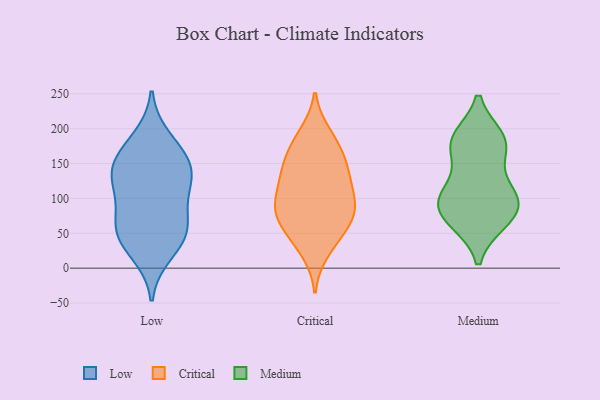
{"axis": {"x": "Waste Production (Tons)", "y": "Value"}, "legend": ["Critical", "Low", "Medium"], "data": [{"x": "", "y": 57, "type": "Low"}, {"x": "", "y": 147, "type": "Low"}, {"x": "", "y": 186, "type": "Low"}, {"x": "", "y": 144, "type": "Low"}, {"x": "", "y": 21, "type": "Low"}, {"x": "", "y": 140, "type": "Low"}, {"x": "", "y": 111, "type": "Low"}, {"x": "", "y": 58, "type": "Low"}, {"x": "", "y": 92, "type": "Low"}, {"x": "", "y": 53, "type": "Low"}, {"x": "", "y": 42, "type": "Low"}, {"x": "", "y": 125, "type": "Low"}, {"x": "", "y": 167, "type": "Low"}, {"x": "", "y": 134, "type": "Critical"}, {"x": "", "y": 79, "type": "Critical"}, {"x": "", "y": 159, "type": "Critical"}, {"x": "", "y": 173, "type": "Critical"}, {"x": "", "y": 152, "type": "Critical"}, {"x": "", "y": 23, "type": "Critical"}, {"x": "", "y": 144, "type": "Critical"}, {"x": "", "y": 81, "type": "Critical"}, {"x": "", "y": 189, "type": "Critical"}, {"x": "", "y": 64, "type": "Critical"}, {"x": "", "y": 60, "type": "Critical"}, {"x": "", "y": 84, "type": "Critical"}, {"x": "", "y": 131, "type": "Critical"}, {"x": "", "y": 91, "type": "Critical"}, {"x": "", "y": 112, "type": "Critical"}, {"x": "", "y": 96, "type": "Critical"}, {"x": "", "y": 112, "type": "Critical"}, {"x": "", "y": 34, "type": "Critical"}, {"x": "", "y": 193, "type": "Critical"}, {"x": "", "y": 57, "type": "Critical"}, {"x": "", "y": 178, "type": "Medium"}, {"x": "", "y": 115, "type": "Medium"}, {"x": "", "y": 82, "type": "Medium"}, {"x": "", "y": 108, "type": "Medium"}, {"x": "", "y": 68, "type": "Medium"}, {"x": "", "y": 185, "type": "Medium"}, {"x": "", "y": 93, "type": "Medium"}, {"x": "", "y": 97, "type": "Medium"}, {"x": "", "y": 68, "type": "Medium"}, {"x": "", "y": 174, "type": "Medium"}, {"x": "", "y": 182, "type": "Medium"}]}